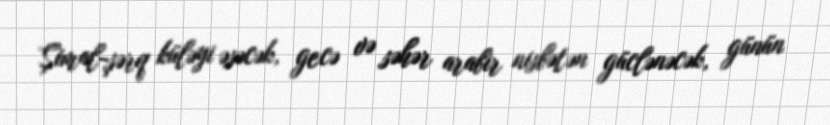
Şimal-şərq küləyi əsəcək, gecə və səhər arabir nisbətən güclənəcək, günün